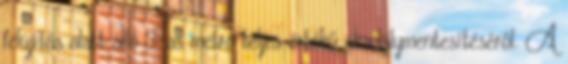
felújítás alatt álló 3-as metró teljes értékű akadálymentesítéséről. A